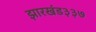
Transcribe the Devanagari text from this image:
झारखंड३३७